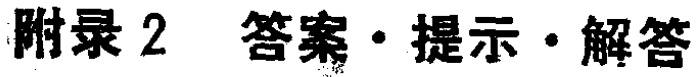
附录 2  答案·提示·解答